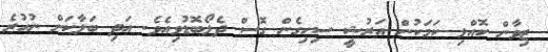
ޒިވާން ކޮއްލި ކަމަކުން އަރުޝީ ސިހިގެން ގޮސް ދެލޯބޮޑުވިއެވެ. އަދި ބަލާކަށް ނުހުރެ